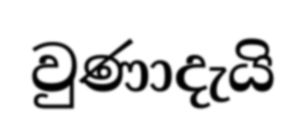
වුණාදැයි